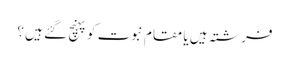
فرشتہ ہیں یا مقام نبوت کو پہنچ گئے ہیں ؟